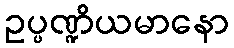
ဥပ္ပဏ္ဍိယမာနော